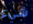
شيء